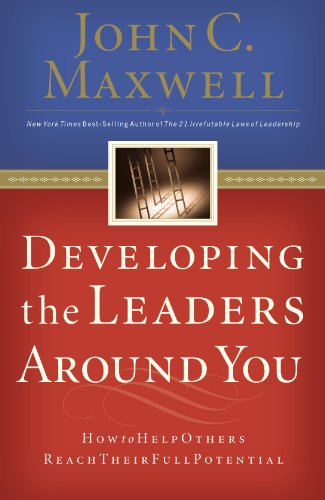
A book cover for Developing the Leaders Around You: How to Help Others Reach Their Full Potential; John C. Maxwell; Christian Books & Bibles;